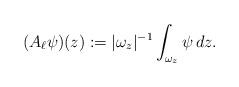
LaTeX: \begin{align*} (A_\ell \psi)(z):=|\omega_z|^{-1}\int_{\omega_z} \psi\,dz. \end{align*}